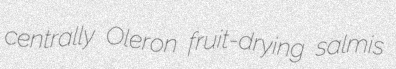
centrally Oleron fruit-drying salmis